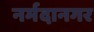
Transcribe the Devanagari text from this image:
नर्मदानगर